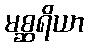
မစ္ဆရိယာ